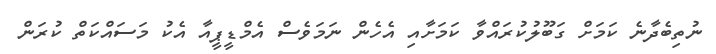
ނުތިބެދާނެ ކަމަށް ގަބޫލުކުރައްވާ ކަމަށާއި އެހެން ނަމަވެސް އެމްޑީޕީއާ އެކު މަސައްކަތް ކުރަން